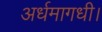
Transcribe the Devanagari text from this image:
अर्धमागधी।